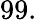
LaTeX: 99.